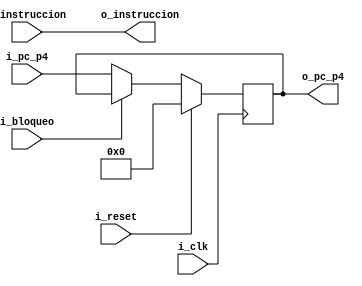
`timescale 1ns / 1ps

module LatchIFID(
    input wire i_clk,
    input wire i_reset,
    input wire i_bloqueo,
    input wire [31:0] i_pc_p4, //PC+4
    input wire [31:0] i_instruccion,
    
    output reg [31:0] o_pc_p4,
    output wire [31:0] o_instruccion
    );
    
    assign o_instruccion = i_instruccion;
    
    always @(posedge i_clk) begin
        
        if(i_reset) begin
            
            o_pc_p4 <= 32'h00000000;
        
        end else begin
        
            if(! i_bloqueo) begin         // En caso de que el bit de bloqueo no este activado, acciono el latch
                
                o_pc_p4 <= i_pc_p4;
                
            end
        end   
    end    

endmodule